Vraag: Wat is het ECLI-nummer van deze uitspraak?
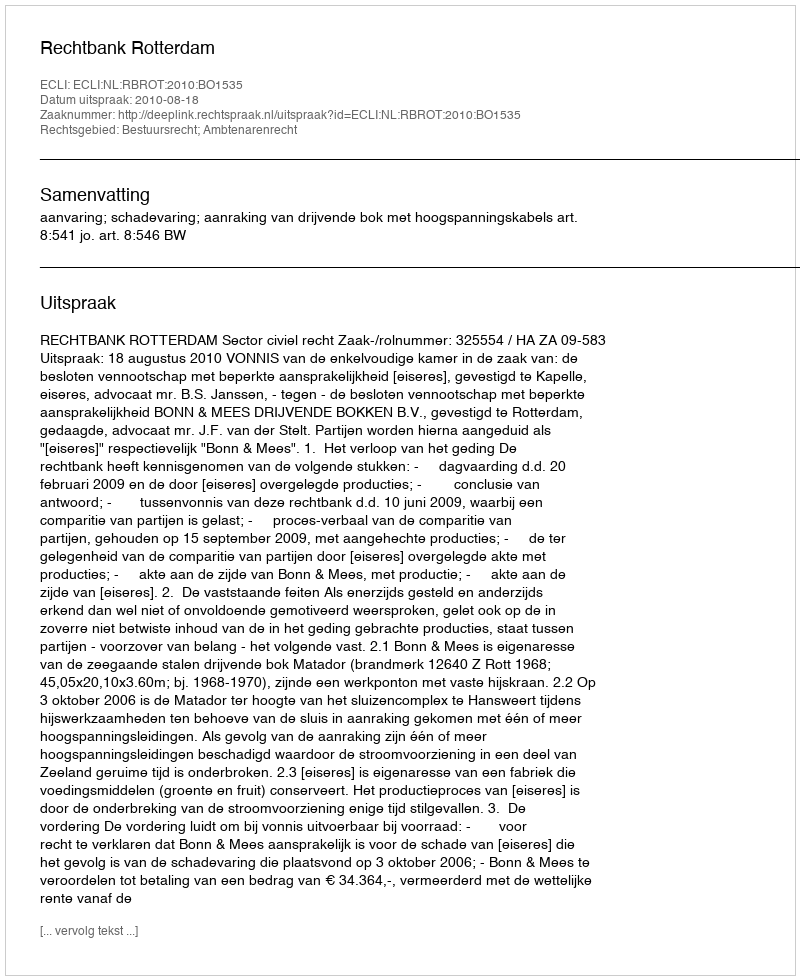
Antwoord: ECLI:NL:RBROT:2010:BO1535